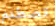
تصطدم